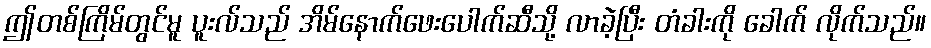
ဤတစ်ကြိမ်တွင်မူ ပူးလ်သည် အိမ်နောက်ဖေးပေါက်ဆီသို့ လာခဲ့ပြီး တံခါးကို ခေါက် လိုက်သည်။